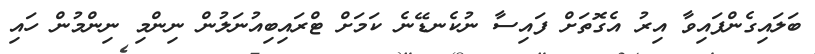
ބަލައިގެންފައިވާ އިރު އެގޮތަށް ފައިސާ ނުކެނޑޭނެ ކަމަށް ޓްރައިބިއުނަލުން ނިންމި ނިންމުން ހައި